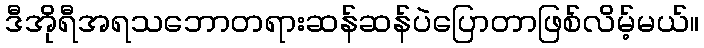
ဒီအိုရီအရသဘောတရားဆန်ဆန်ပဲပြောတာဖြစ်လိမ့်မယ်။